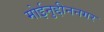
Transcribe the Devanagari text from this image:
मोईनुद्दीननगर